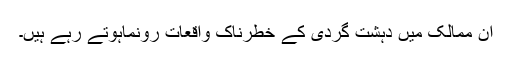
ان ممالک میں دہشت گردی کے خطرناک واقعات رونماہوتے رہے ہیں۔